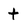
Character: t